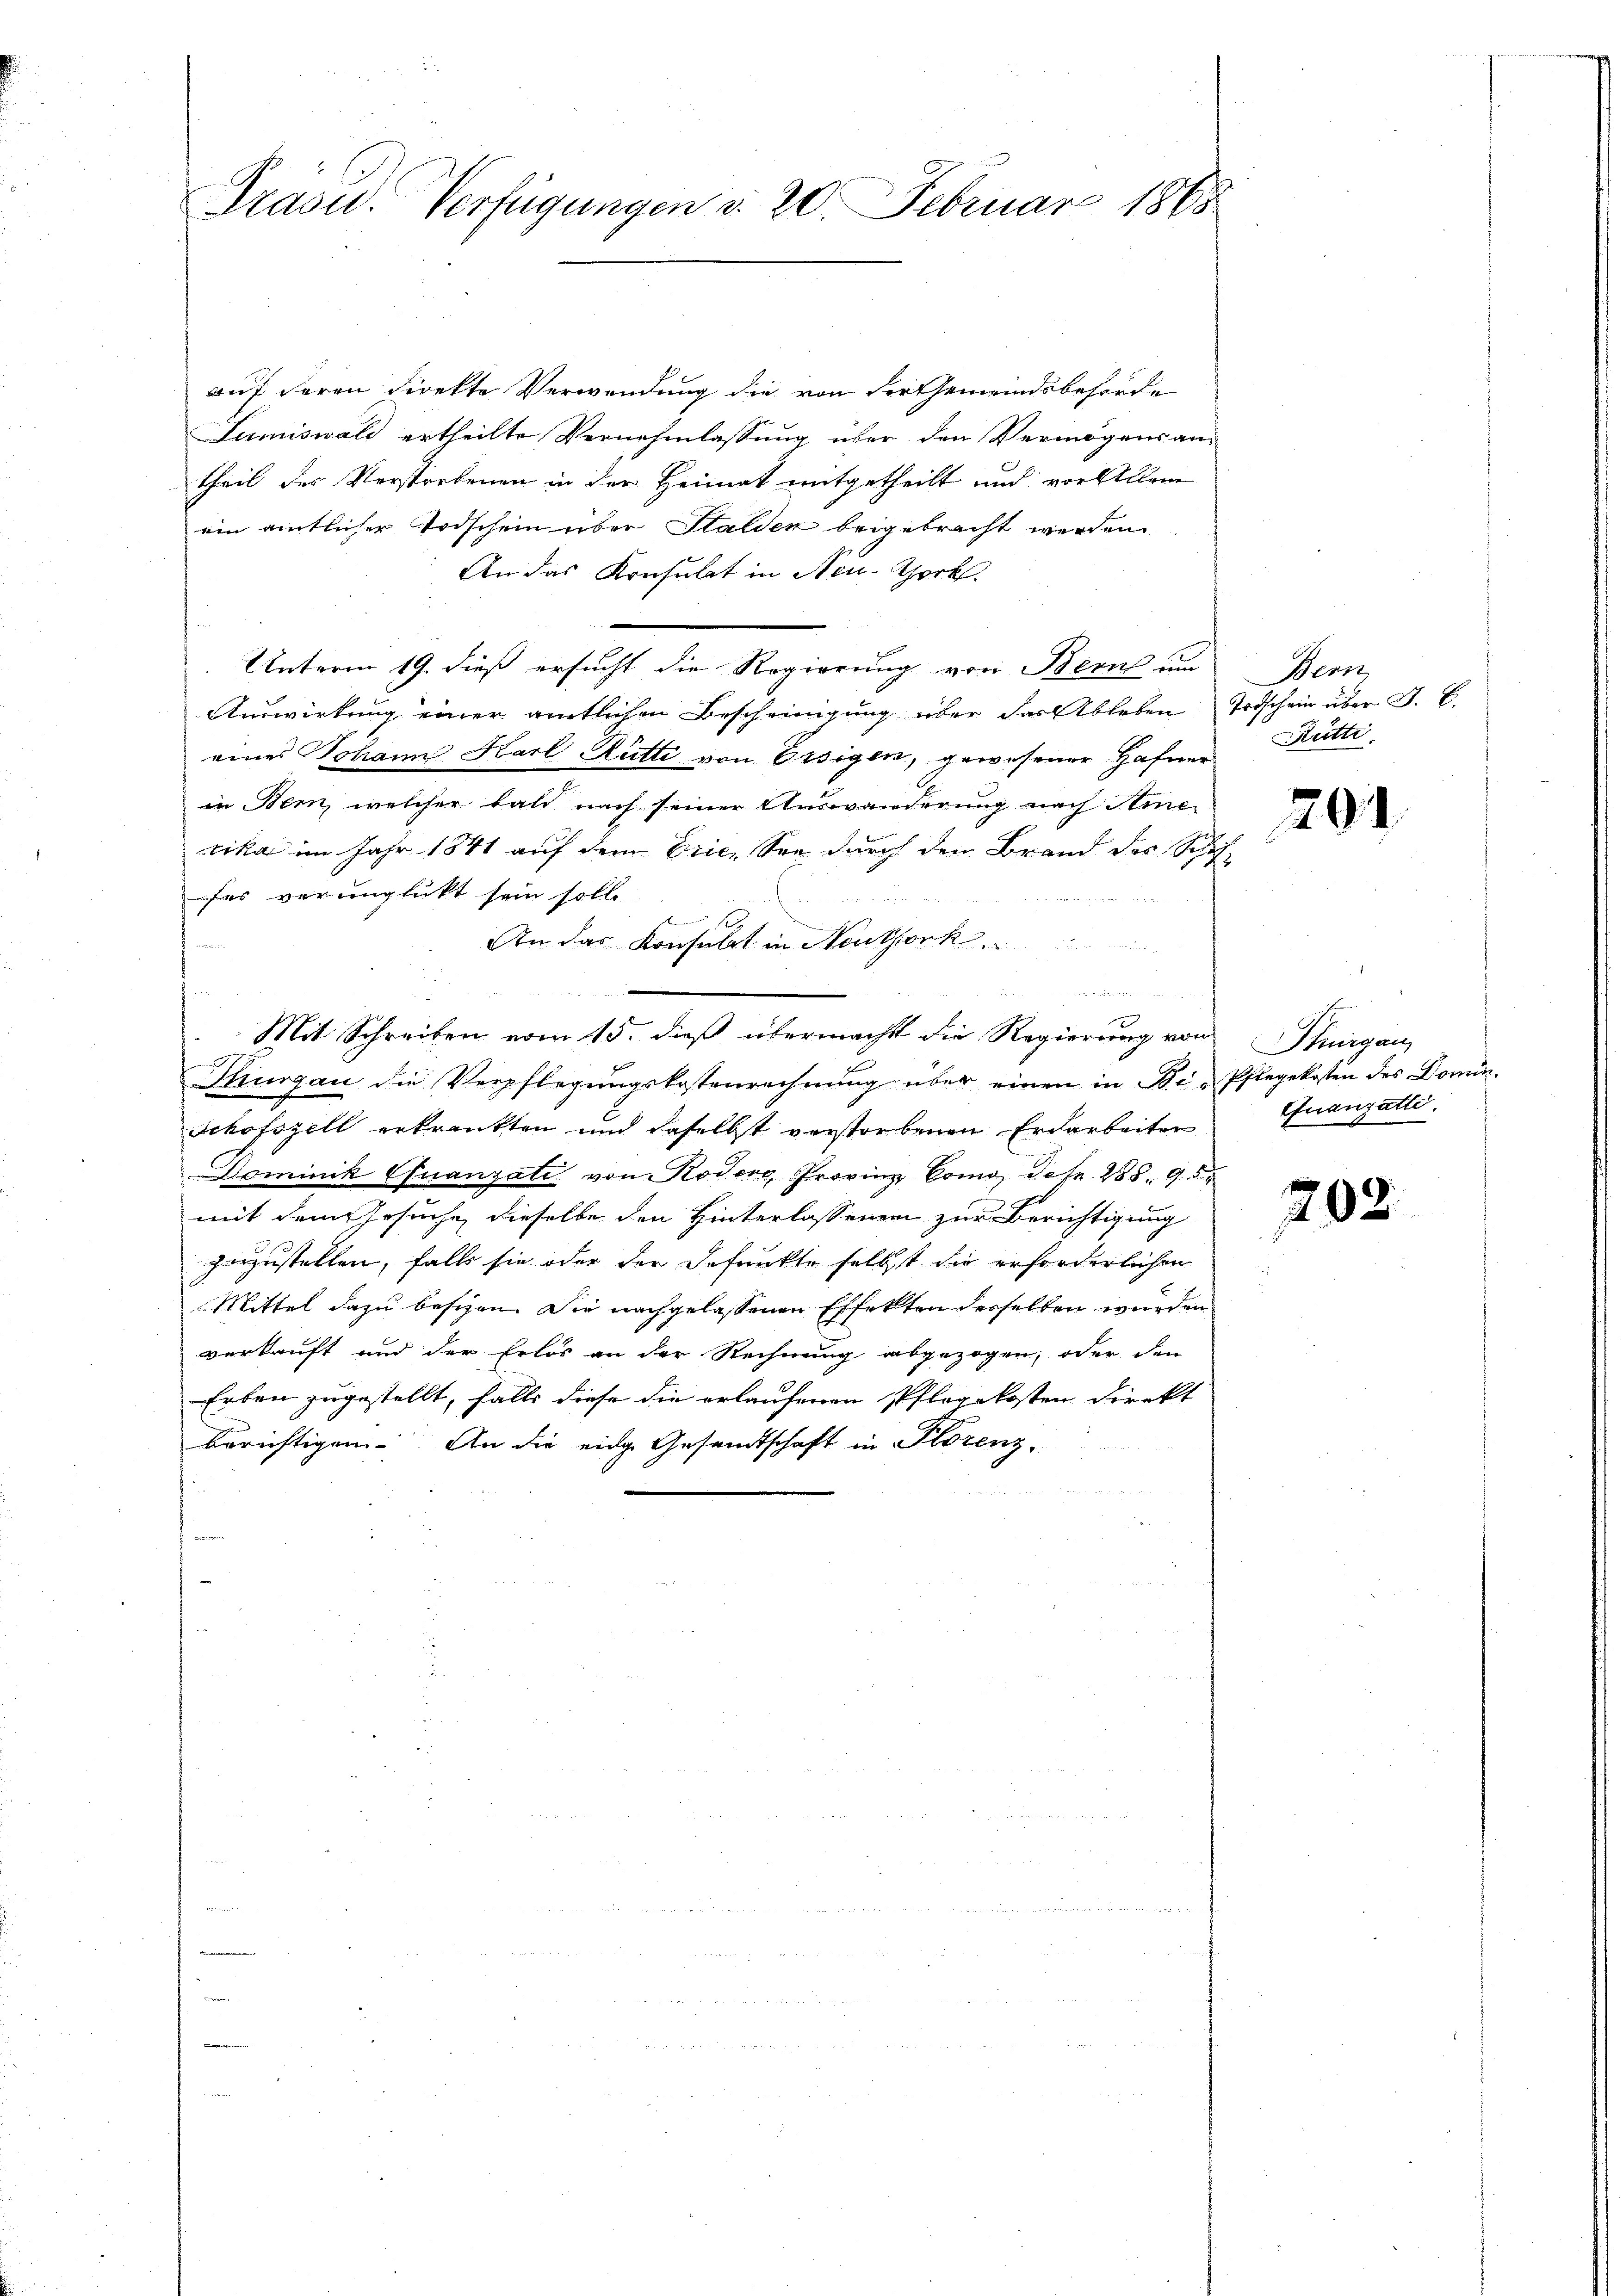
Trasu. Verfügungen d. 20. Februar 1868

auf deren direkte Verwendung die von der Gemeindsbehörde
Sumiswald ertheilte Vernehmlassung über den Vermögensantheil des Verstorbenen in der Heimat mitgetheilt und vor allene
ein amtlicher Todschein über Stalder beigebracht werden
An das Konsulat in Neu-Sork.
Unterm 19. dieß ersucht die Regierung von Bern um
Auswirkung einer amtlichen Bescheinigung über das Ableben Todschein über J. C.
eines Johann Karl Rütti von Essigen, gewesener Hafner Rütti
in Bern, welcher bald nach seiner Auswanderung nach Ame-
rika im Jahr 1841 auf dem Erie, See durch den Brand des Schaf-
fes verunglickt sein solle.
x
An das Konsulat in Neuthork
n
Mit Schreiben vom 15. dieß übermacht die Regierung von
Kiurgau die Verpflegungskostenrechnung über einen in Bi-Pflegekosten des Domin
Schofszell erkrankten und daselbst verstorbenen Erdarbeiter
Dominik Quanzati von Koder Provinz Como des 288. 95
mit dem Gesuche, dieselbe den Hinterlassenen zur Berichtigung
zuzustellen, falls sie oder der defunkte selbst die erforderlichen
Mittel dazu besizen. Die nachgelassenen Effekten desselben wurden
verkauft und der Erlös an der Rechnung abgezogen, oder den
Erben zugestellt, falls diese die erlaufenen Pflegekosten Direkt
berichtigen. An die eidge Gesandtschaft in Florenz-

Wenn

291.

Thurgau,
Quanzatte.

702.